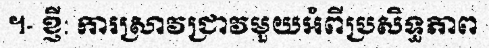
។- ខ្ញី: ការស្រាវជ្រាវមួយអំពីប្រសិទ្ធភាព